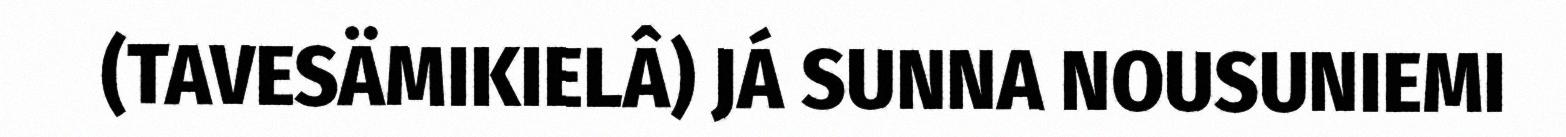
(TAVESÄMIKIELÂ) JÁ SUNNA NOUSUNIEMI